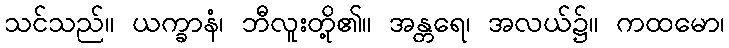
သင်သည်။ ယက္ခာနံ၊ ဘီလူးတို့၏။ အန္တရေ၊ အလယ်၌။ ကထမော၊